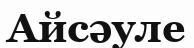
Айсәуле